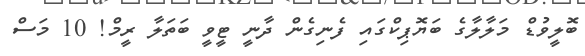
ބޮލީވުޑް މަލާލާގެ ބަޔޮޕިކްގައި ފެނިގެން ދާނީ ޓީވީ ބަތަލާ ރީމް! 10 މަސް